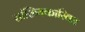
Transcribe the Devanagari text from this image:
सांख्यिकारिका